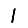
Digit: 1